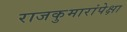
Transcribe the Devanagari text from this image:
राजकुमारांपेक्षा